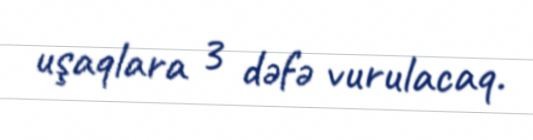
uşaqlara 3 dəfə vurulacaq.